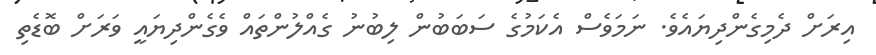
އިރަށް ދެމިގެންދިޔައެވެ. ނަމަވެސް އެކަމުގެ ސަބަބުން ލިބުނު ގެއްލުންތައް ވެގެންދިޔައީ ވަރަށް ބޮޑެތި